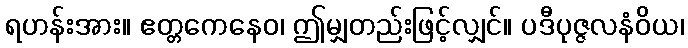
ရဟန်းအား။ ဧတ္တကေနေဝ၊ ဤမျှတည်းဖြင့်လျှင်။ ပဒီပုဇ္ဇလနံဝိယ၊